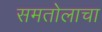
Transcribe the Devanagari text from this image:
समतोलाचा